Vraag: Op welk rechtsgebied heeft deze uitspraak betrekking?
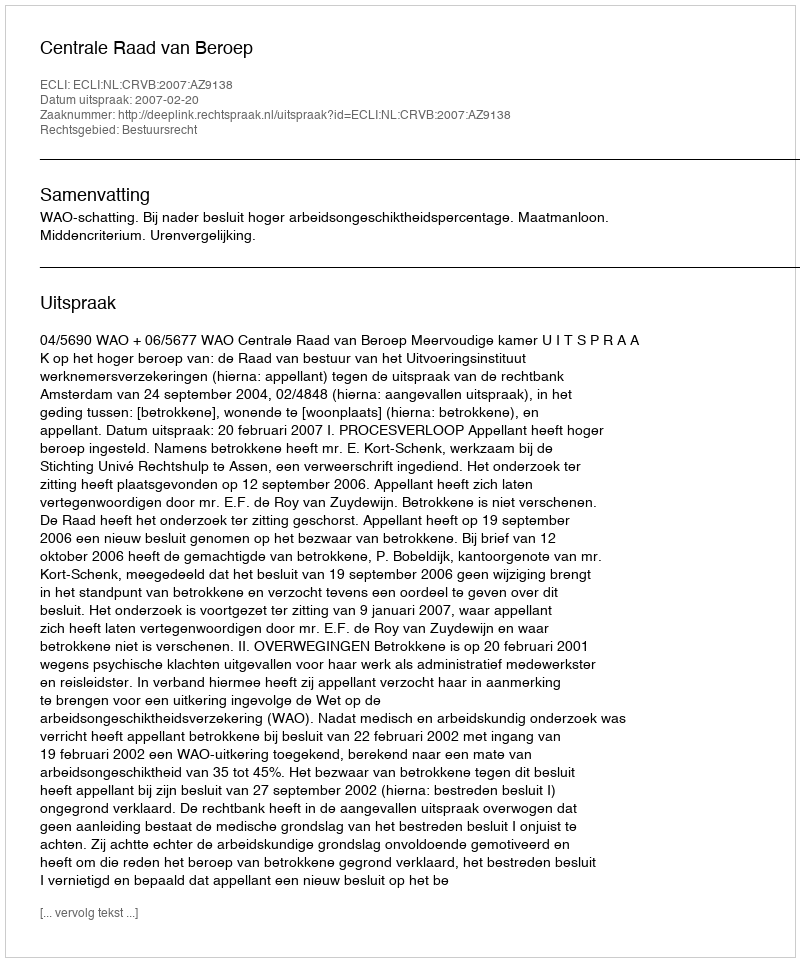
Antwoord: Bestuursrecht